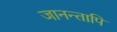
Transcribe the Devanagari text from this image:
जानन्तापि